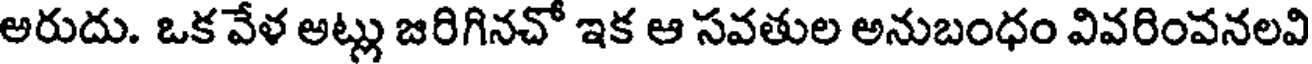
అరుదు. ఒక వేళ అట్లు జరిగినచో ఇక ఆ సవతుల అనుబంధం వివరింవనలవి